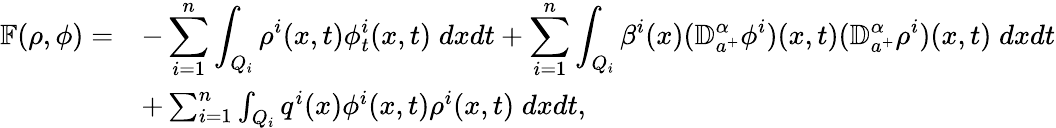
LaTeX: \begin{array}{rl}{\mathbb{F}(\rho,\phi)=}&{-\displaystyle\sum_{i=1}^{n}\int_{Q_{i}}\rho^{i}(x,t)\phi_{t}^{i}(x,t)\; dxdt+\sum_{i=1}^{n}\int_{Q_{i}}\beta^{i}(x)({\mathbb D}_{a^{+}}^{\alpha}\phi^{i})(x,t)({\mathbb D}_{a^{+}}^{\alpha}\rho^{i})(x,t)\; dxdt}\\ &{+\sum_{i=1}^{n}\int_{Q_{i}}q^{i}(x)\phi^{i}(x,t)\rho^{i}(x,t)\; dxdt,}\end{array}